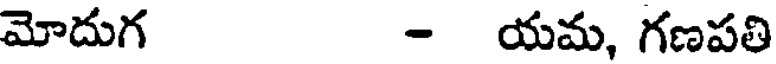
మోదుగ - యమ, గణపతి